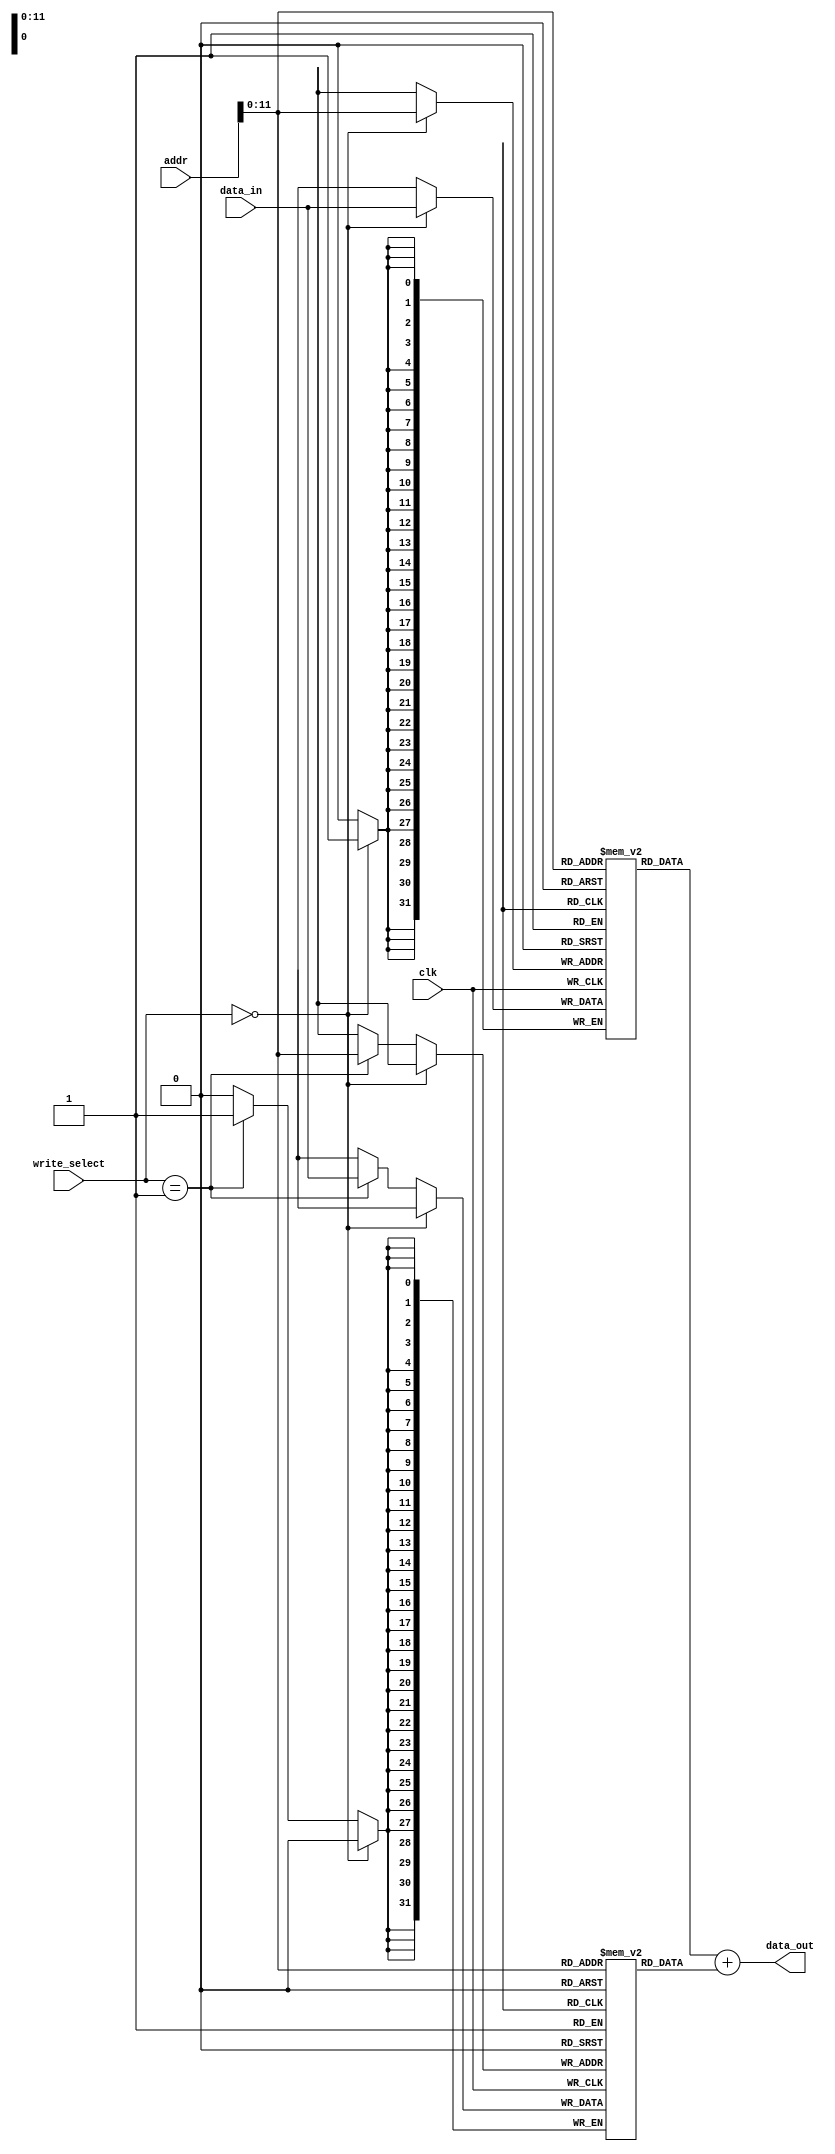
module mem_module (
  input clk,
  input [31:0] addr,
  input [31:0] data_in,
  input [1:0] write_select, // 0: instruction, 1: data, 2: none
  output [31:0] data_out
);

reg [31:0] inst_mem [4096]; // 4 KB instruction memory
reg [31:0] data_mem [4096]; // 4 KB data memory

always @(posedge clk) begin
  if (write_select == 0) // write to instruction memory
    inst_mem[addr] <= data_in;
  else if (write_select == 1) // write to data memory
    data_mem[addr] <= data_in;
end

assign data_out = inst_mem[addr] + data_mem[addr];

endmodule